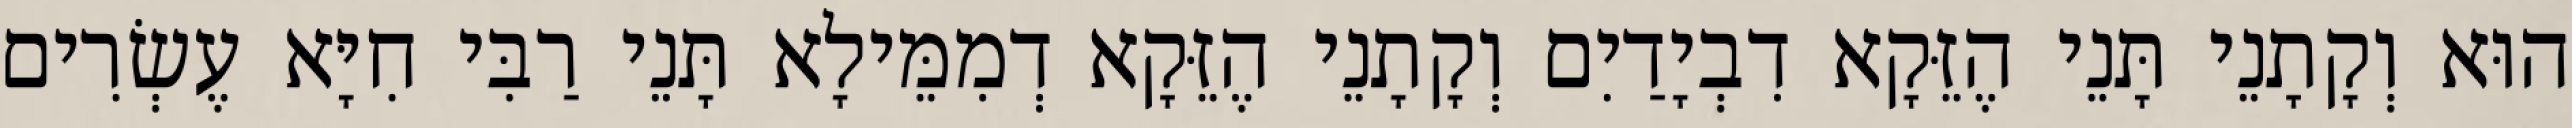
הוּא וְקָתָנֵי תָּנֵי הֶזֵּקָא דִבְיָדַיִם וְקָתָנֵי הֶזֵּקָא דְמִמֵּילָא תָּנֵי רַבִּי חִיָּא עֶשְׂרִים